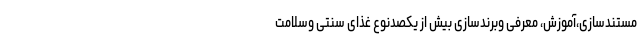
مستندسازی،آموزش، معرفی وبرندسازی بیش از یکصدنوع غذای سنتی وسلامت